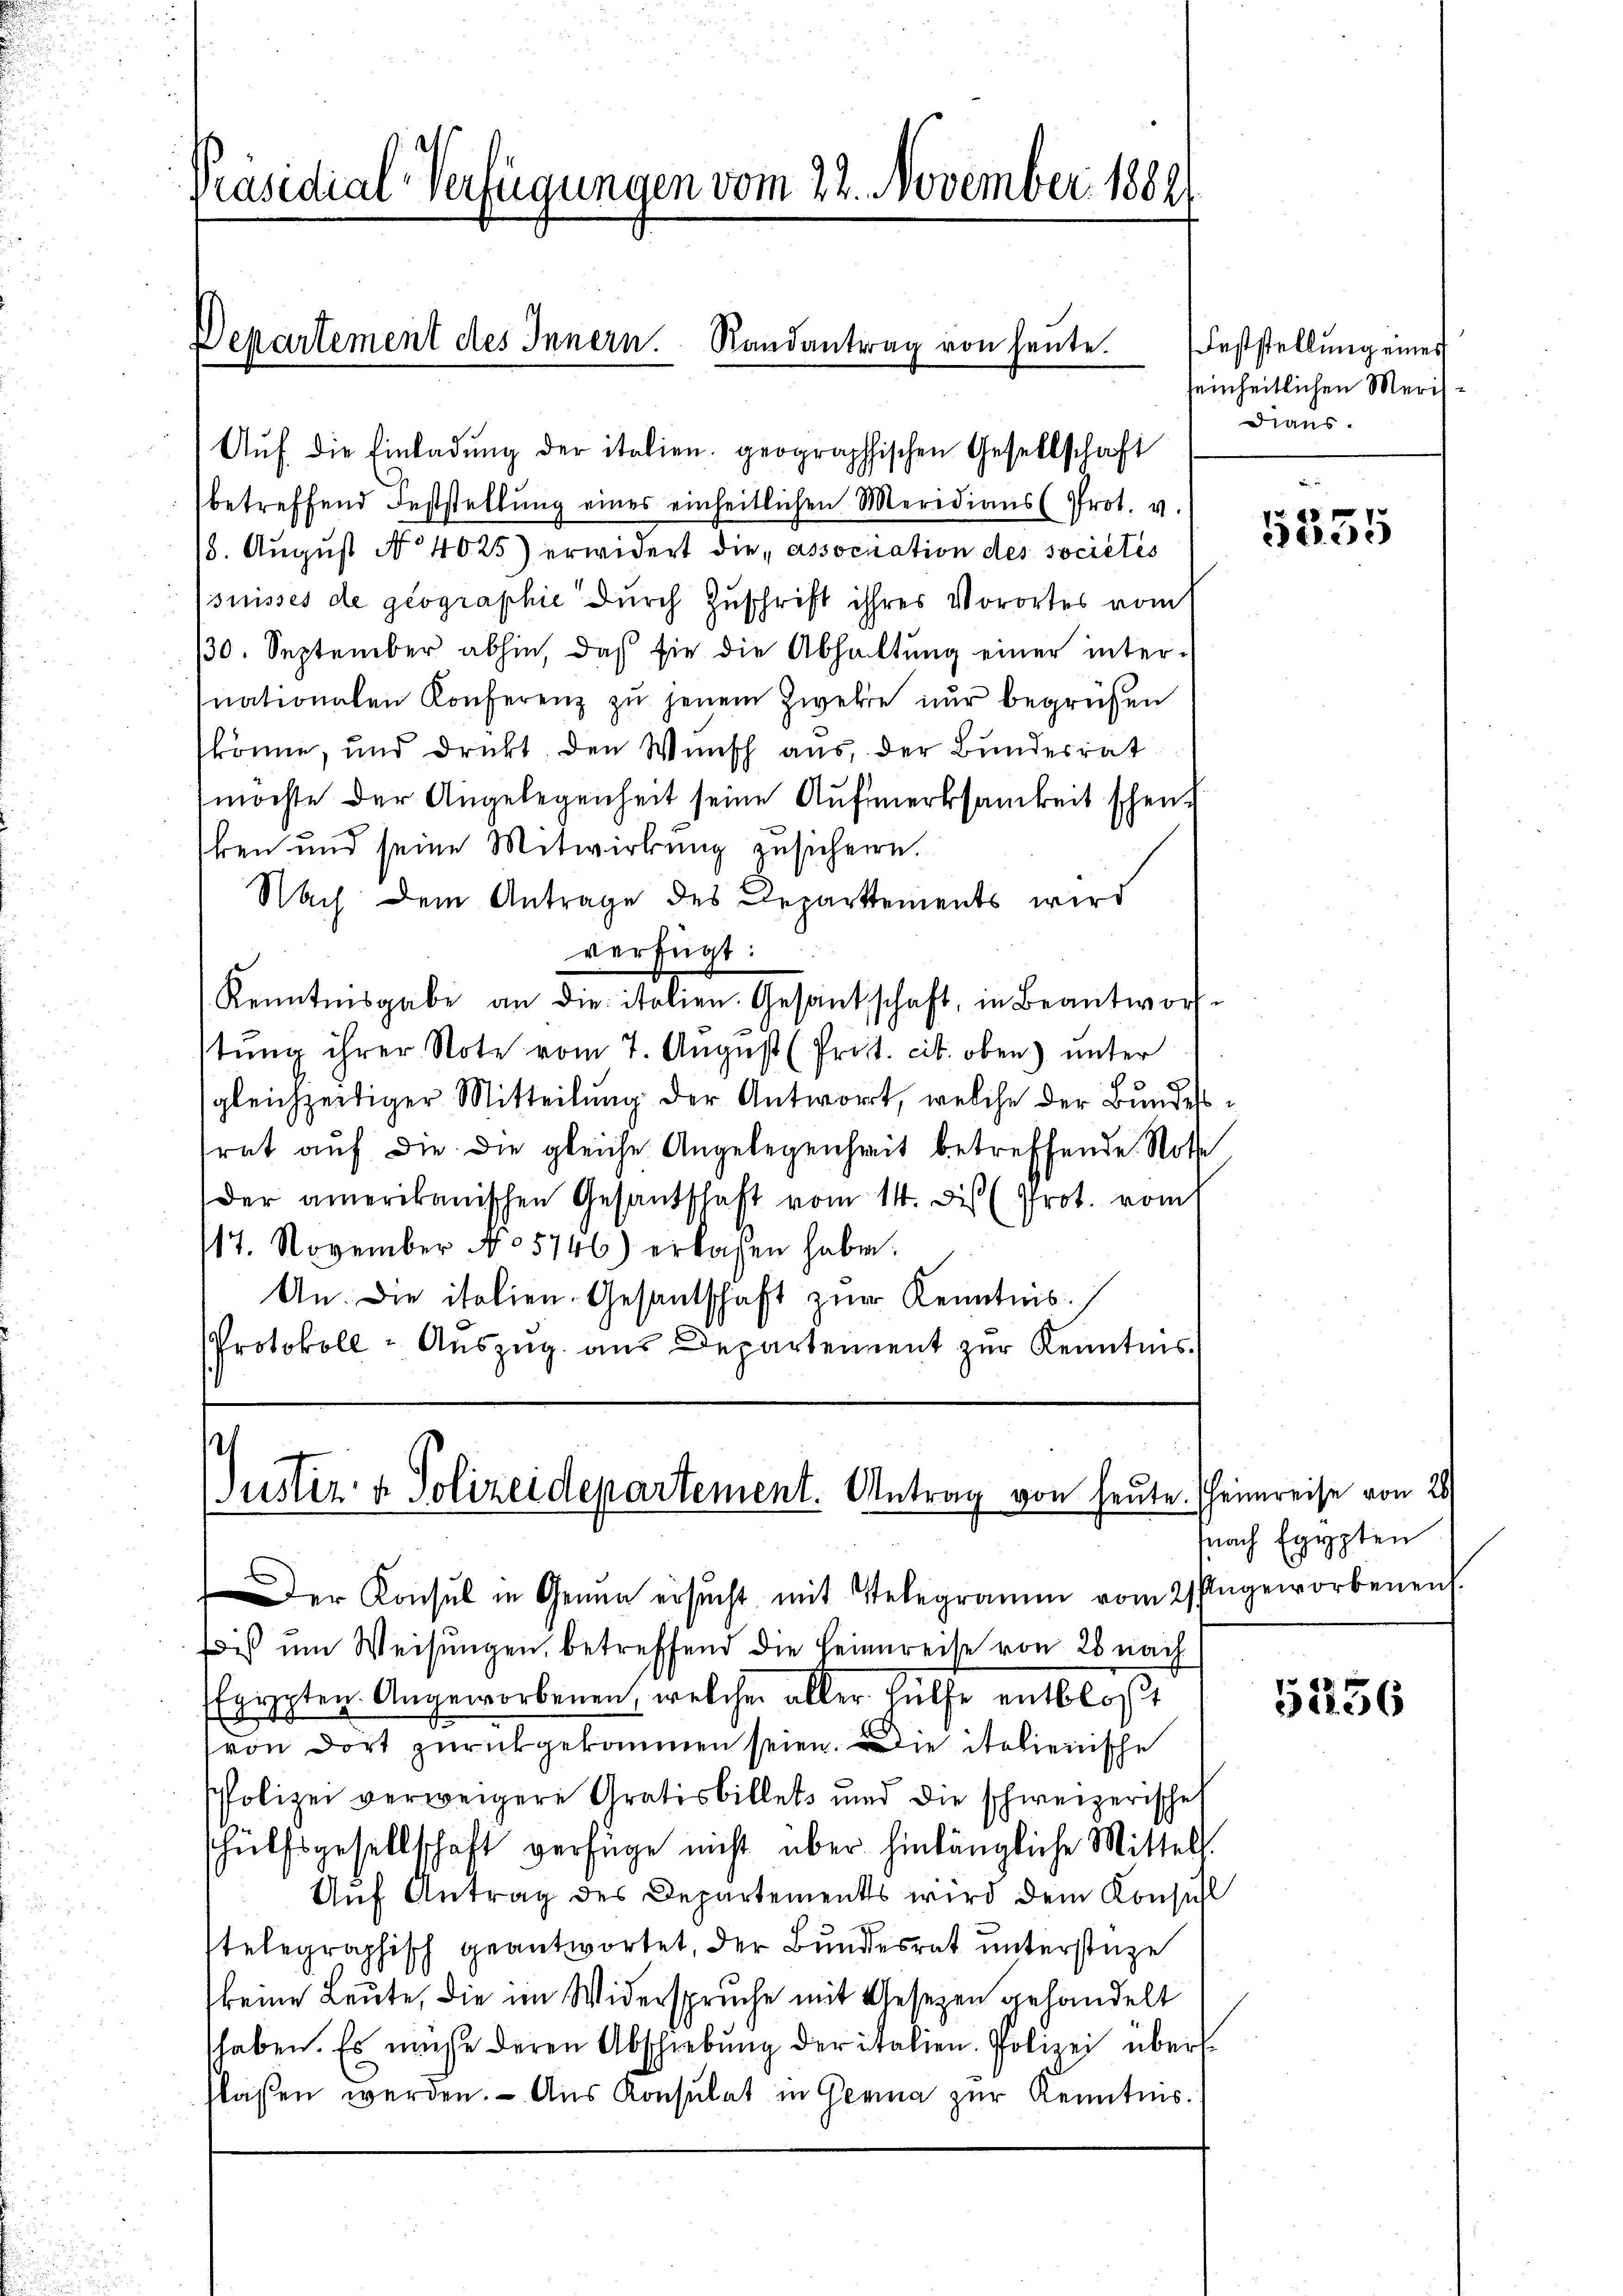
Präsidial-Verfügungen vom 22. November 1889

Departement des Innern. Randantrag von heute.

Aŭf die Einladŭng der italien geographischen Gesellschaft
betreffend Feststellŭng eines einheitlichen Meridians (Prot. v.
18. August No 4025) erwidert die „association des sociétés
suisses de geographie durch Zuschrift ihres Vorortes vom
30. September abhin, daß sie die Abhaltŭng einer inter-
nationalen Konferenz zu jenem Zweke nur begrüßen
könne, und drückt. den Wunsch aus, der Bundesrat
möchte der Angelegenheit seine Aufmerksamkeit schenben und seine Mitwirkung zusichern.
Nach dem Antrage des Departements wird
verfügt:
Kenntnisgabe an die italien. Gesandschaft, in Beantworf-
tung ihrer Note vom 7. August (Prot. cit. oben) unter
gleichzeitiger Mitteilung der Antwort, welche der Bundesrat auf die die gleiche Angelegenheit betreffende Note
der amerikanischen Gesandschaft vom 14. des Prot. vom
17. November No 5746) erkassen habe.
An. Die italien-Gesantschaft zur Kenntnis
Protokoll - Auszug aus Departement zur Kenntnis.

Justiz- & Polizeidepartement. Antrag von heute. Heimreise von 20/

Feststellung eines
einheitlichen Merisdiens.

Der Konsul in Gener ersŭcht mit Telegramm vom 2 Ungeworbenen
wiß um Weisungen, betreffend die Heimreise von 20 nach
arpten Angeworbenen, welcher aller Hülfe entblöst
von dort zurückgekommen seien. Die italienische
Polizei verweigere Gratisbillets und die schweizerische
hülfsgesellschaft verfüge nicht über hinlängliche Mittels.
Auf Antrag des Departements wird dem Konsul
stelegraphisch geantwortet, der Bundesrat unterstüze
keine Leute, die im Widerspruche mit Gesetzen gehandelt
haben. Es müße deren Abschrebung der italien. Polizei überflassen werden. - Aus Konsulat in Gerina zur Kenntnis.

2
A1215

fnach Egypten

52256